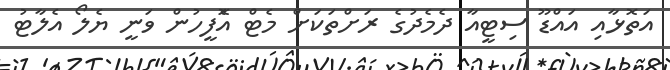
އަތޮޅާއި އައްޑޫ ސިޓީއާ ދެމެދުގެ ރަށްތަކަށް މެޓް އެޮފީހުން ވަނީ ޔެލޯ އެލާޓު